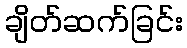
ချိတ်ဆက်ခြင်း